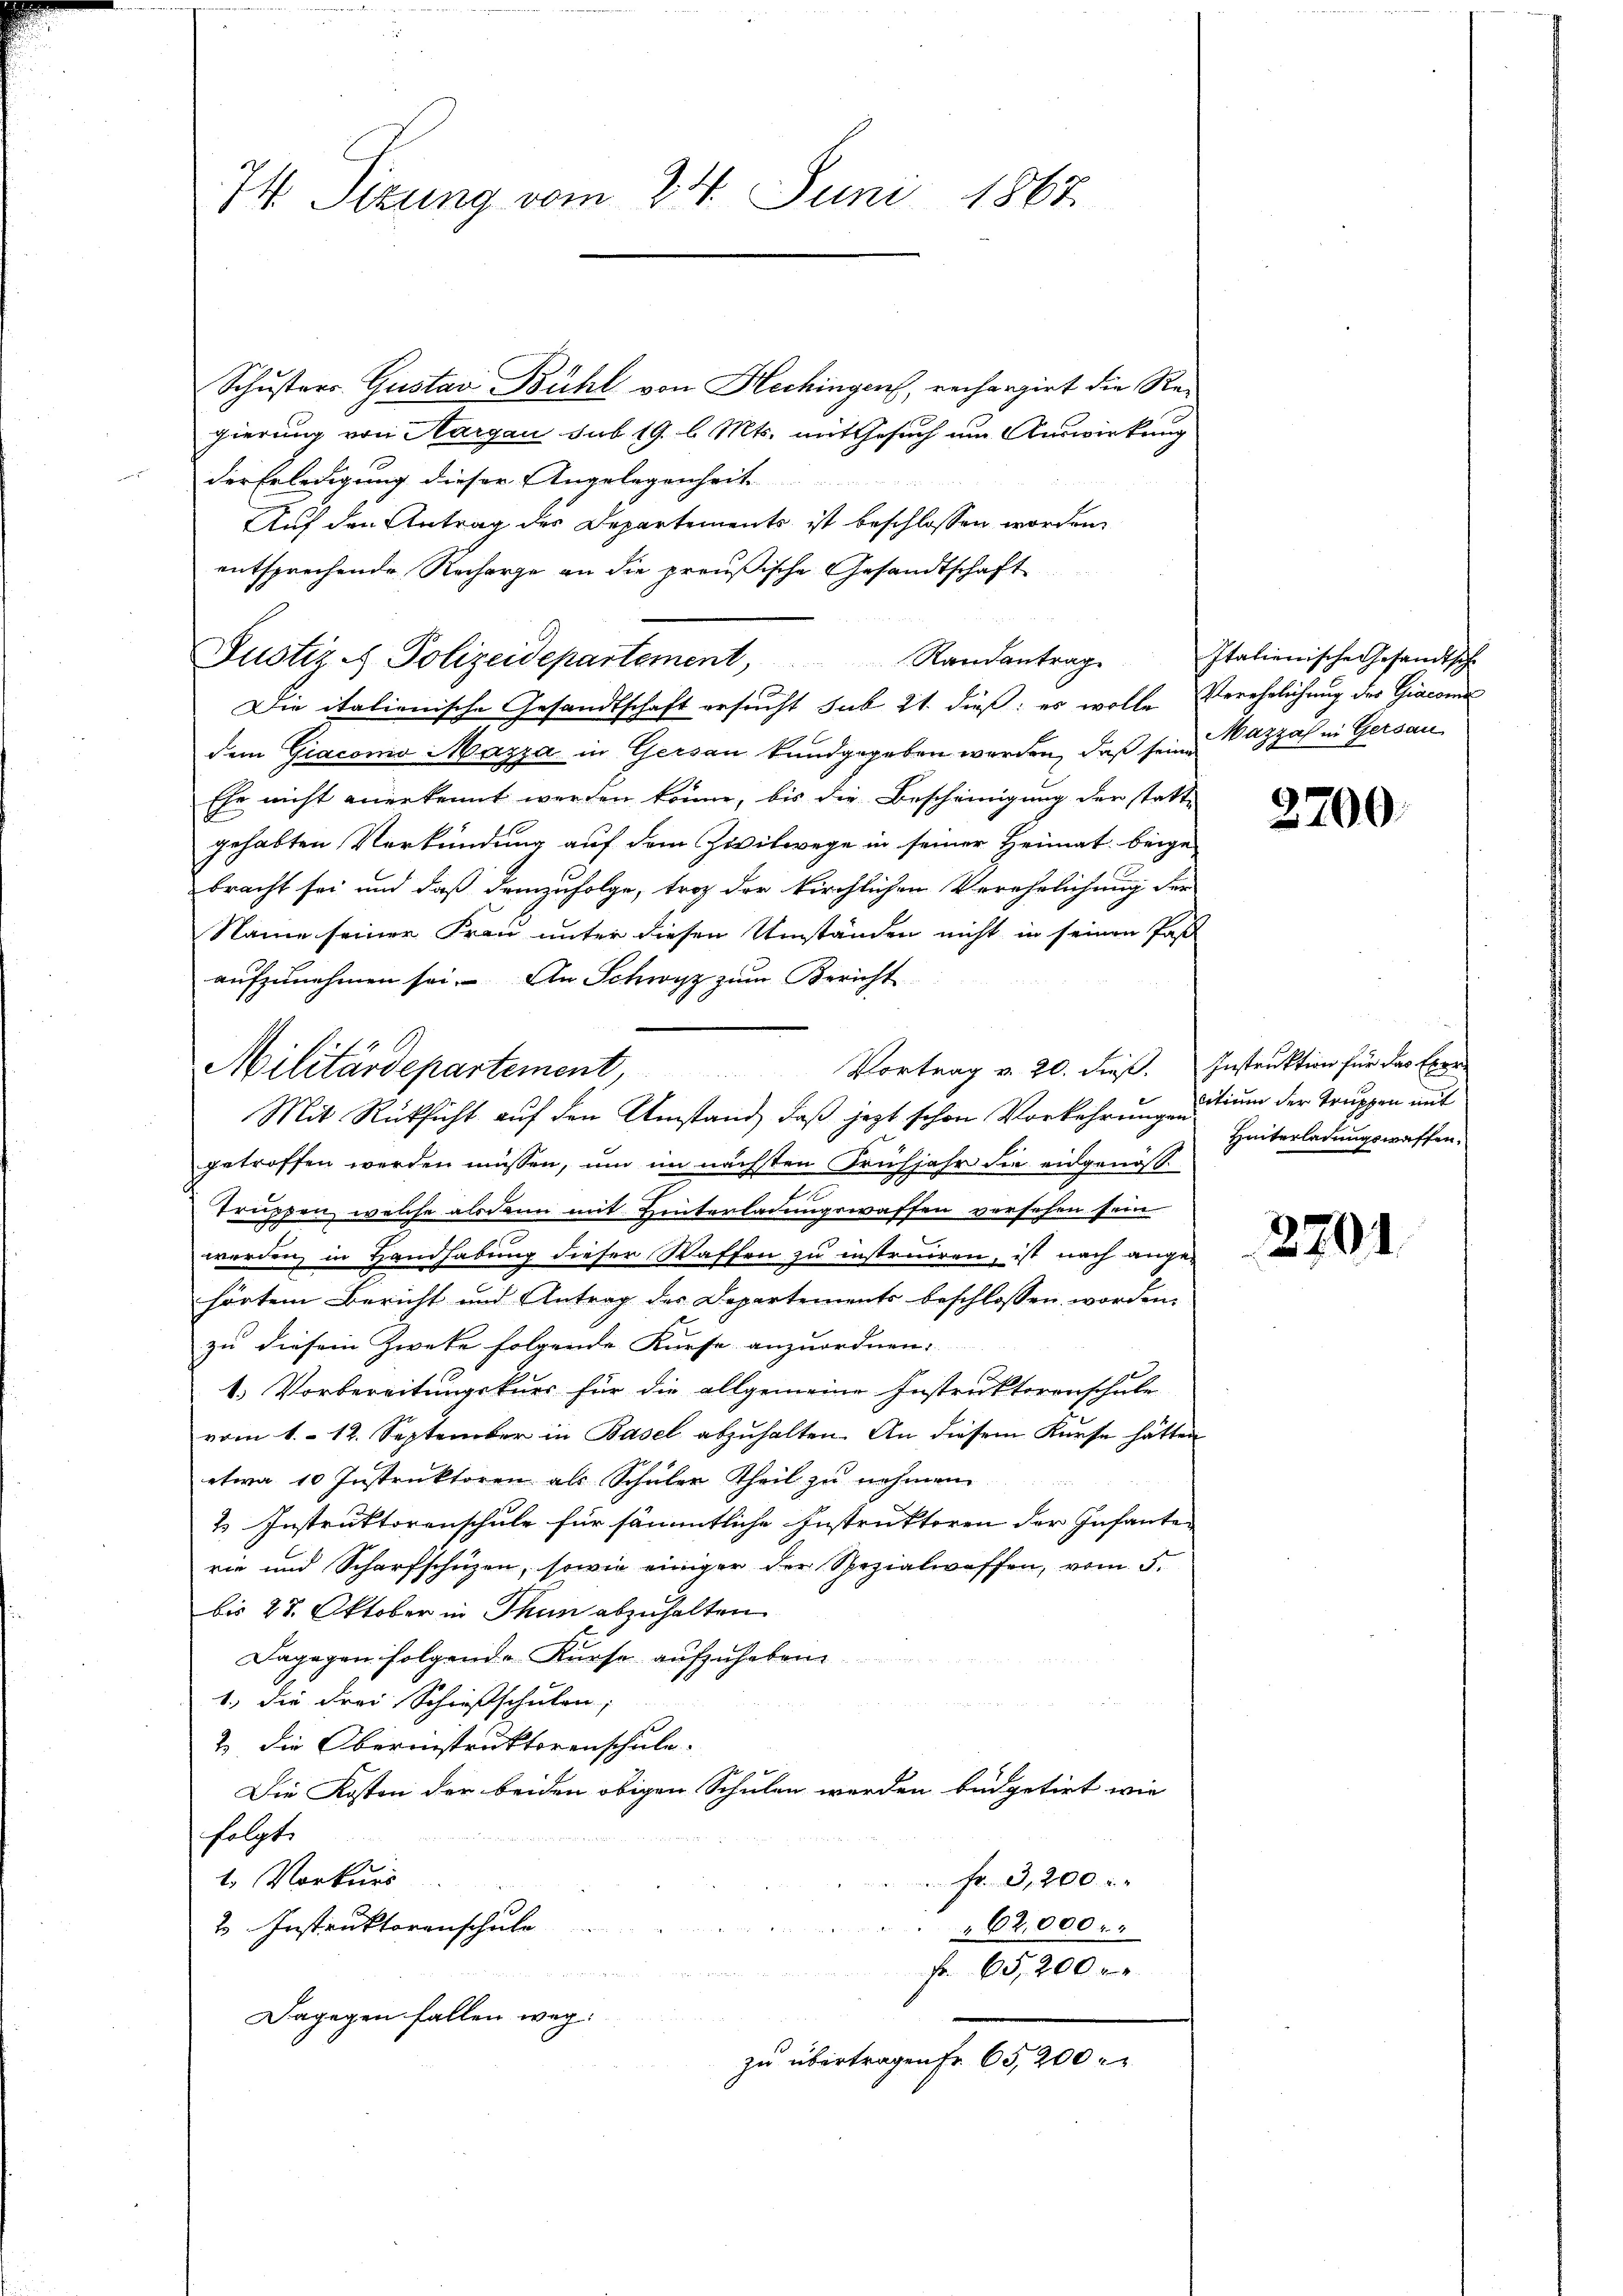
74. Sizung vom 24. Juni 1867

Schusters Gustav Bühl von Hechingen, rechargirt die Regierung von Aargau sub 19. b. Mts. mit Gesuch um Auswirkung
der Erledigung dieser Angelegenheit
Auf den Antrag des Departements ist beschlossen worden,
entsprechende Recharge an die preußische Gesandtschaft
Justiz & Polizeidepartement,
Die italienische Gesandtschaft ersucht sub 21. dieß: es wolle Verehelichung des Giacona
dem Giacono Mazza in Gersau kundgegeben werden, daß sein Vazzah in Gersau
Ehe nicht anerkennt werden könne, bis die Bescheinigung der statte
gehabten Verkündung auf dem Zwitwege in seiner Heimat beige-
bracht sei und daß demzufolge, trag der kirchlichen Verehrlichung der
Name seiner Frau unter diesen Umständen nicht in seinen Past
aufzunehmen sei. An Schwyz zum Bericht
getroffen werden müssen, und im nächsten Frühjahr die eidgenösn
truppen, welche alsdann mit Hinterladungswaffen versehen sein
werden in Handhabung dieser Waffen zu instruiren, ist nach angehörtem Bericht und Antrag des Departements beschlossen worden.
zu diesem Zweke folgende Kurse anzuordnen.
1. Vorbereitungskurs für die allgemeine Instruktorenschule
vom 1. 12. September in Basel abzŭhalten. An diesem Kurse hätten
etwa 10 Instruktoren als Schüler Theil zu nehmen.
& Instruktorenschule für sämmtliche Instruktoren der Infante-
rie und Scharfschüzen, sowie einiger der Spezialwaffen, vom 5.
bis 27. Oktober in Thun abzuhalten.
Dagegen folgende Kurse aufzuhebene
1.) die drei Schießschulen;
2. die Oberinstruktorenschule.
Die Kosten der beiden obigen Schulen werden büdgetirt wie
folgt.

1. Vorkurs
 Fr. 3,200
2 Instruktorenschule
62,000 r
Fr. 65,200 r
Dagegen fallen weg:
zu übertragen fr. 65,200 r

Militärdepartement, Vortrag v. 20. dieβ. Instruktion für das Exer-
Mit Rücksicht auf den Umstand, daß jezt schon Vorkehrung und um der Truppen mit

Randantrag

Italienische Gesandtsch

3200.

Hinterladungswaffen.

2201